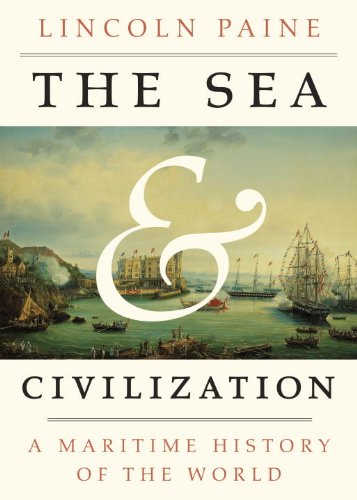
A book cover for The Sea and Civilization: A Maritime History of the World; Lincoln Paine; Engineering & Transportation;